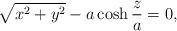
LaTeX: \begin{align*}\sqrt{x^2 + y^2} - a \cosh\frac{z}{a} = 0,\end{align*}